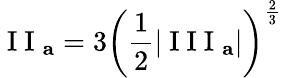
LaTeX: \mathrm{~I~I~}_{\mathbf{a}}=3\left(\frac{1}{2}|\mathrm{~I~I~I~}_{\mathbf{a}}|\right)^{\frac{2}{3}}